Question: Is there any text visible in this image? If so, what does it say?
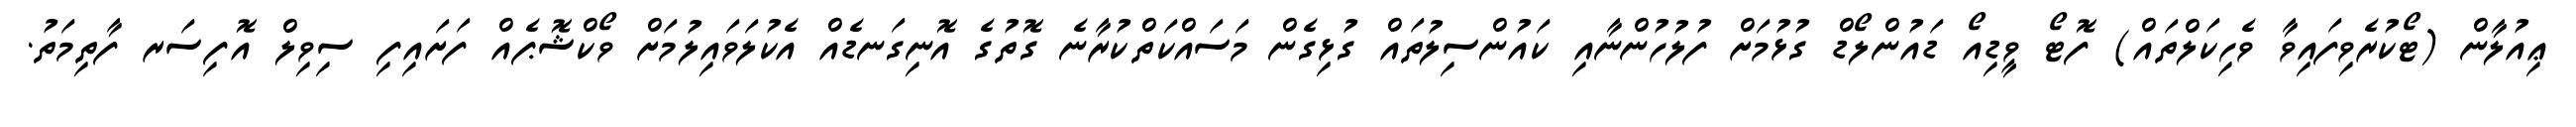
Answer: ޢިއުލާން (ޓޯކުރެވިފައިވާ ވެހިކަލްތައް) ފޮޓޯ ވީޑިއޯ ޑައުންލޯޑް ގުޅުމަށް ފުލުހުންނާއި ކައުންސިލުތައް ގުޅިގެން މަސައްކަތްކުރާނެ ގޮތުގެ އޮނިގަނޑެއް އެކުލަވައިލުމަށް ވޯކްޝޮޕެއް ފަށައިފި ސިވިލް އޮފިސަރ ފާތިމަތު.